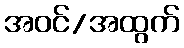
အဝင်/အထွက်